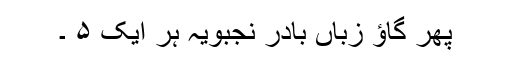
پھر گاؤ زباں بادر نجبویہ ہر ایک ۵ ۔